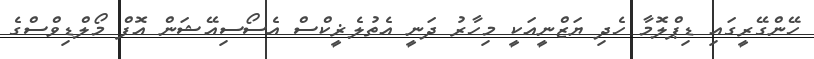
ހޭންގޭރީގައި ޑިޕްލޮމާ ހެދި ޔަޒްނީއަކީ މިހާރު ދަނީ އެތުލެޜީކްސް އެސޯސިއޭޝަން އޮފް މޯލްޑިވްސްގެ